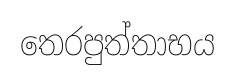
තෙරපුත්තාභය